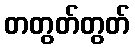
တတွတ်တွတ်